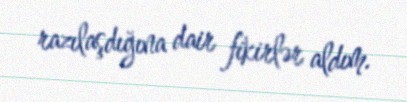
razılaşdığına dair fikirlər aldım.